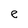
Character: e